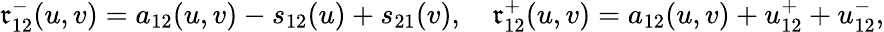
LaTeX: \mathfrak{r}_{12}^{-}(u,v)=a_{12}(u,v)-s_{12}(u)+s_{21}(v),\mathrm{{~\ \ \ }}\mathfrak{r}_{12}^{+}(u,v)=a_{12}(u,v)+u_{12}^{+}+u_{12}^{-},